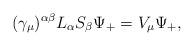
LaTeX: \begin{align*}(\gamma_{\mu})^{\alpha\beta}L_{\alpha}S_{\beta}\Psi_+=V_{\mu}\Psi_+,\end{align*}